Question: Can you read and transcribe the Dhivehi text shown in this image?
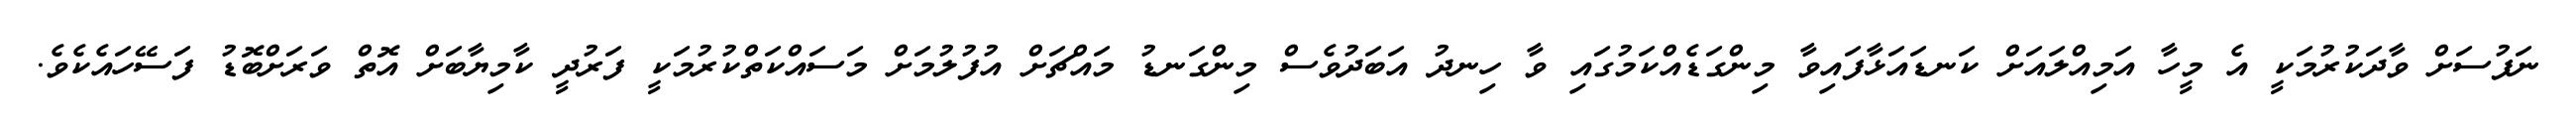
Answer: ނަފުސަށް ވާދަކުރުމަކީ އެ މީހާ އަމިއްލައަށް ކަނޑައަޅާފައިވާ މިންގަޑެއްކަމުގައި ވާ ހިނދު އަބަދުވެސް މިންގަނޑު މައްޗަށް އުފުލުމަށް މަސައްކަތްކުރުމަކީ ފަރުދީ ކާމިޔާބަށް އޮތް ވަރަށްބޮޑު ފަސޭހައެކެވެ.